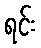
ရင်း